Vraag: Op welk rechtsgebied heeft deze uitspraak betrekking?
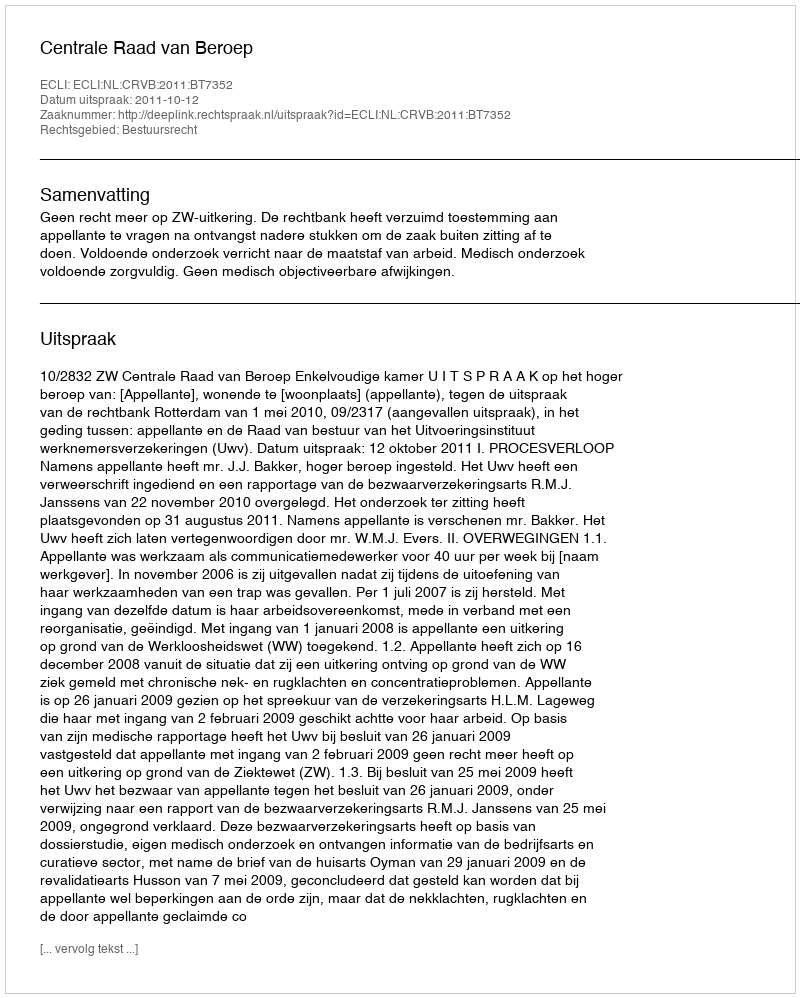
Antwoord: Bestuursrecht